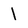
Character: 1